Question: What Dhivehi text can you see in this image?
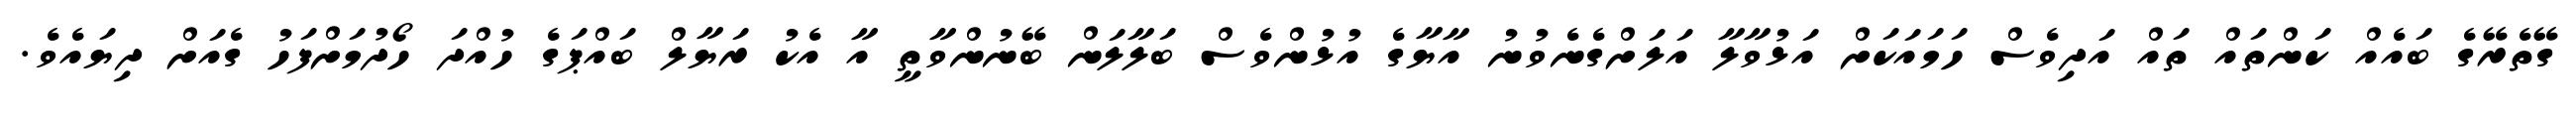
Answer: ގޭތެރޭގެ ބައެއް ކަންތައް ތައް އަދިވެސް ހަމައަކަށް އަޅުވާލާ އަލަށްގެނެވުނު އާޔާގެ އުޅުންވެސް ބަލާލަން ބޭނުންވާތީ އާ އެކު ރަޔާލް ބައްޕަގެ ހުއްދަ ހޯދުމަށްފަހު ގެއަށް ދިޔައެވެ.